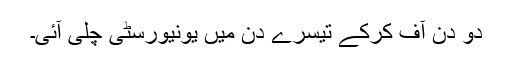
دو دن آف کرکے تیسرے دن میں یونیورسٹی چلی آئی۔